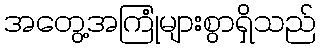
အတွေ့အကြုံများစွာရှိသည်